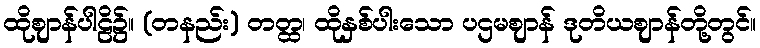
ထိုဈာန်ပါဠိ၌။ (တနည်း) တတ္ထ၊ ထိုနှစ်ပါးသော ပဌမဈာန် ဒုတိယဈာန်တို့တွင်။